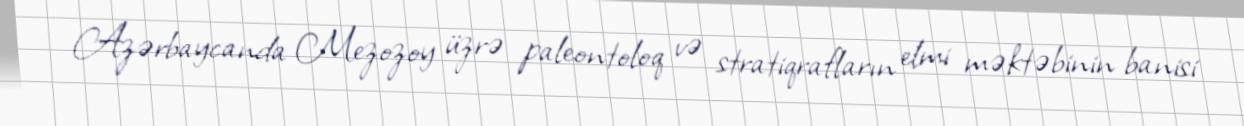
Azərbaycanda Mezozoy üzrə paleontoloq və stratiqrafların elmi məktəbinin banisi